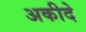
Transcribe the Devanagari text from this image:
अकीदे